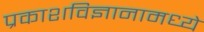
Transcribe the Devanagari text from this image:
प्रकाशविज्ञानामध्ये